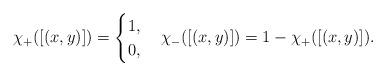
LaTeX: \begin{align*}\chi_+([(x,y)])=\begin{cases}1,&\\0,&\end{cases}\chi_-([(x,y)])=1-\chi_+([(x,y)]).\end{align*}